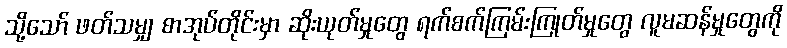
သို့သော် ဖတ်သမျှ စာအုပ်တိုင်းမှာ ဆိုးယုတ်မှုတွေ ရက်စက်ကြမ်းကြုတ်မှုတွေ လူမဆန်မှုတွေကို